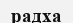
радха